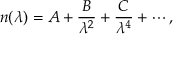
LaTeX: n ( \lambda ) = A + { \frac { B } { \lambda ^ { 2 } } } + { \frac { C } { \lambda ^ { 4 } } } + \cdots ,